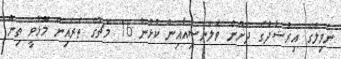
ނެވިލްގެ އިރުޝާދުގެ ދަށުން ވެލެންސިއާއިން ކުޅުނު 16 މެޗުގެ ތެރެއިން މޮޅުވީ ތިން